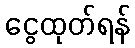
ငွေထုတ်ရန်